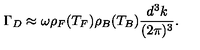
\Gamma _ { D } \approx \omega \rho _ { F } ( T _ { F } ) \rho _ { B } ( T _ { B } ) \frac { d ^ { 3 } k } { ( 2 \pi ) ^ { 3 } } .